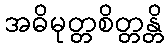
အဓိမုတ္တစိတ္တန္တိ